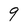
Character: 9